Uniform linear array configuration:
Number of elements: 64
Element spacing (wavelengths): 1
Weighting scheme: binomial
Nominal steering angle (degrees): -60
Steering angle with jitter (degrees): -58.501
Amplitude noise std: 0.05
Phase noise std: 0.05

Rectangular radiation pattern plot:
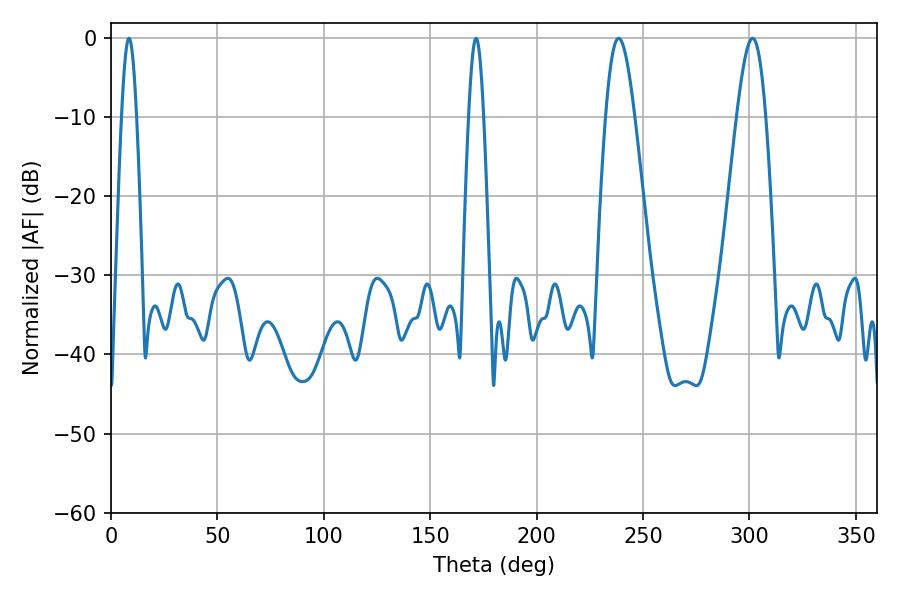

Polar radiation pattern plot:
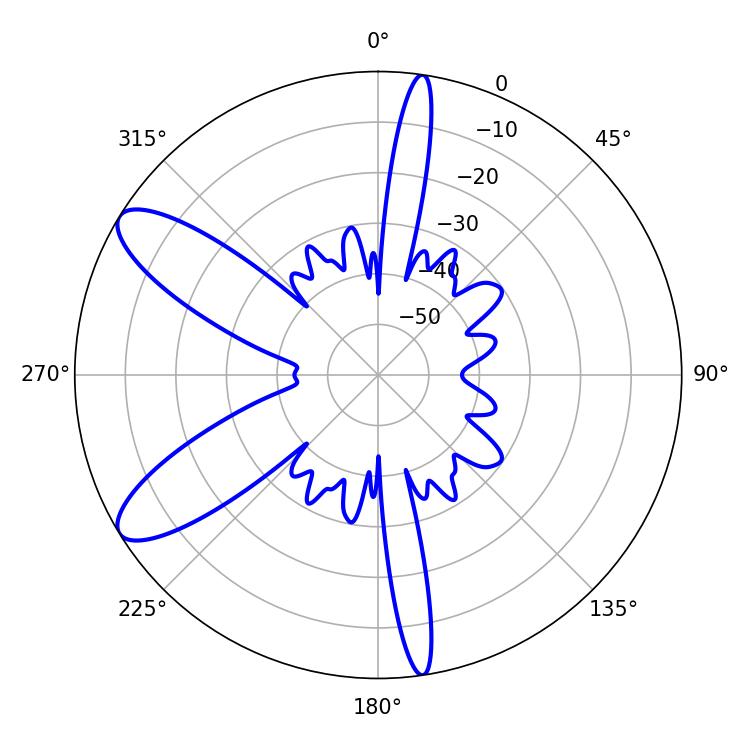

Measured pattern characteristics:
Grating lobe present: TRUE
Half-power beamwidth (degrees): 3.6
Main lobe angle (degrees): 8.46